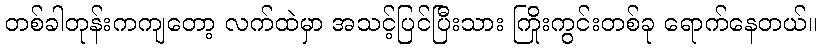
တစ်ခါတုန်းကကျတော့ လက်ထဲမှာ အသင့်ပြင်ပြီးသား ကြိုးကွင်းတစ်ခု ရောက်နေတယ်။